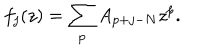
f _ { j } ( z ) = \sum _ { p } A _ { p + j - N } z ^ { p } .